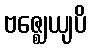
ဗဇ္ဈေယျပိ